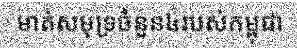
មាត់សមុទ្រចំនួន៤របស់កម្ពុជា